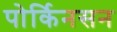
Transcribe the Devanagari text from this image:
पोर्किनसन